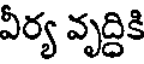
వీర్య వృద్దికి